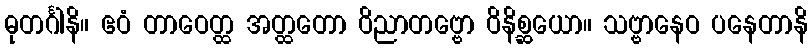
ဓုတင်္ဂါနိ။ ဧဝံ တာဝေတ္ထ အတ္ထတော ဝိညာတဗ္ဗော ဝိနိစ္ဆယော။ သဗ္ဗာနေဝ ပနေတာနိ